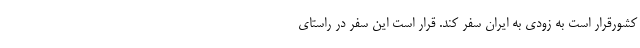
کشورقرار است به زودی به ایران سفر کند. قرار است این سفر در راستای